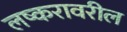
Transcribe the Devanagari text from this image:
लष्करावरील